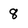
Character: 8